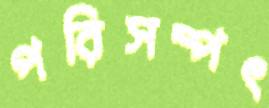
পরিসম্পৎ